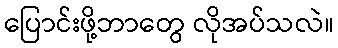
ပြောင်းဖို့ဘာတွေ လိုအပ်သလဲ။